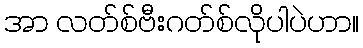
အာ လတ်စ်ဗီးဂတ်စ်လိုပါပဲဟာ။